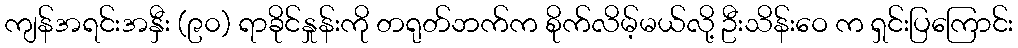
ကျန်အရင်းအနှီး (၉၀) ရာခိုင်နှုန်းကို တရုတ်ဘက်က စိုက်လိမ့်မယ်လို့ ဦးသိန်းဝေ က ရှင်းပြကြောင်း